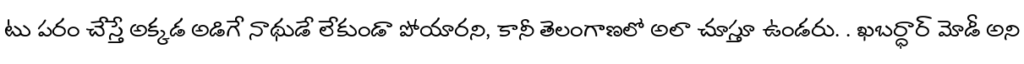
టు పరం చేస్తే అక్కడ అడిగే నాథుడే లేకుండా పోయారని, కానీ తెలంగాణలో అలా చూస్తూ ఉండరు. . ఖబర్ధార్ మోడీ అని